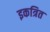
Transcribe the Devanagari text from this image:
इकत्रित